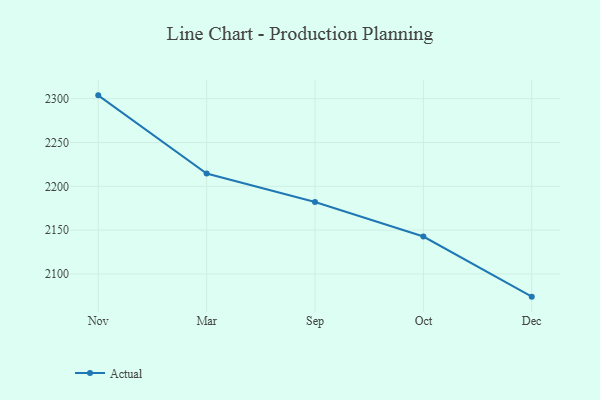
{"axis": {"x": "Month", "y": "Budget (USD K)"}, "legend": ["Actual"], "data": [{"x": "Nov", "y": 2303.8, "type": "Actual"}, {"x": "Mar", "y": 2214.6, "type": "Actual"}, {"x": "Sep", "y": 2182.1, "type": "Actual"}, {"x": "Oct", "y": 2142.7, "type": "Actual"}, {"x": "Dec", "y": 2074.1, "type": "Actual"}]}